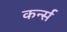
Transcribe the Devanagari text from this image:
कर्न्‍स